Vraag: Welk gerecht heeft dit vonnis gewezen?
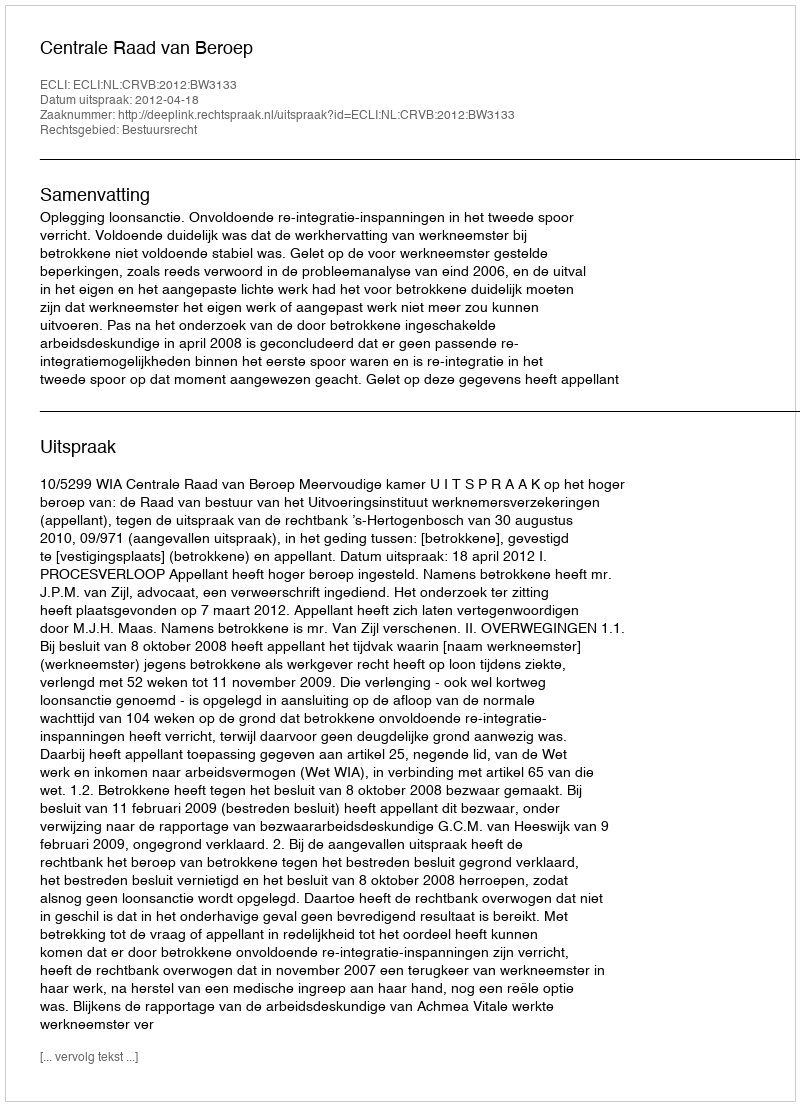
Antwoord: Centrale Raad van Beroep